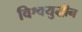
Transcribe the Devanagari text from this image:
विश्वयुद्धीन